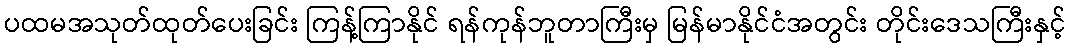
ပထမအသုတ်ထုတ်ပေးခြင်း ကြန့်ကြာနိုင် ရန်ကုန်ဘူတာကြီးမှ မြန်မာနိုင်ငံအတွင်း တိုင်းဒေသကြီးနှင့်